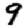
Digit: 9